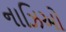
નાઝિઓ